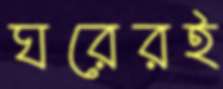
ঘরেরই